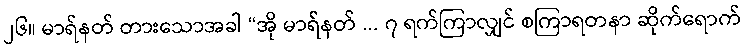
၂၆။ မာရ်နတ် တားသောအခါ “အို မာရ်နတ် ... ၇ ရက်ကြာလျှင် စကြာရတနာ ဆိုက်ရောက်